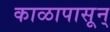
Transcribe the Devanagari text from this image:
काळापासून्